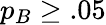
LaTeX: p_{B}\geq.05